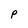
Character: P